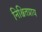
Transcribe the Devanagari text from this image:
निश्चितप्राय